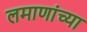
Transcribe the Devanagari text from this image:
लमाणांच्या